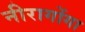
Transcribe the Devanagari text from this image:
नीरागोंगा